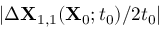
\vert \Delta \mathbf { X } _ { 1 , 1 } ( \mathbf { X } _ { 0 } ; t _ { 0 } ) / 2 t _ { 0 } \vert